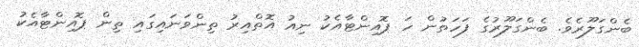
ބެންގަލޫރެވެ. ބެންގަލޫރުގެ ފަހަތުން ހަ ޕޮއިންޓާއެކު ނިއު އޮތްއިރު ތިންވަނައިގައި ތިން ޕޮއިންޓާއެކު